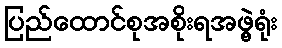
ပြည်ထောင်စုအစိုးရအဖွဲ့ရုံး